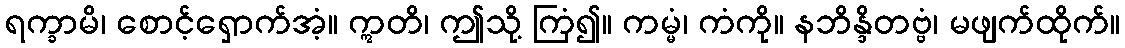
ရက္ခာမိ၊ စောင့်ရှောက်အံ့။ ဣတိ၊ ဤသို့ ကြံ၍။ ကမ္မံ၊ ကံကို။ နဘိန္ဒိတဗ္ဗံ၊ မဖျက်ထိုက်။